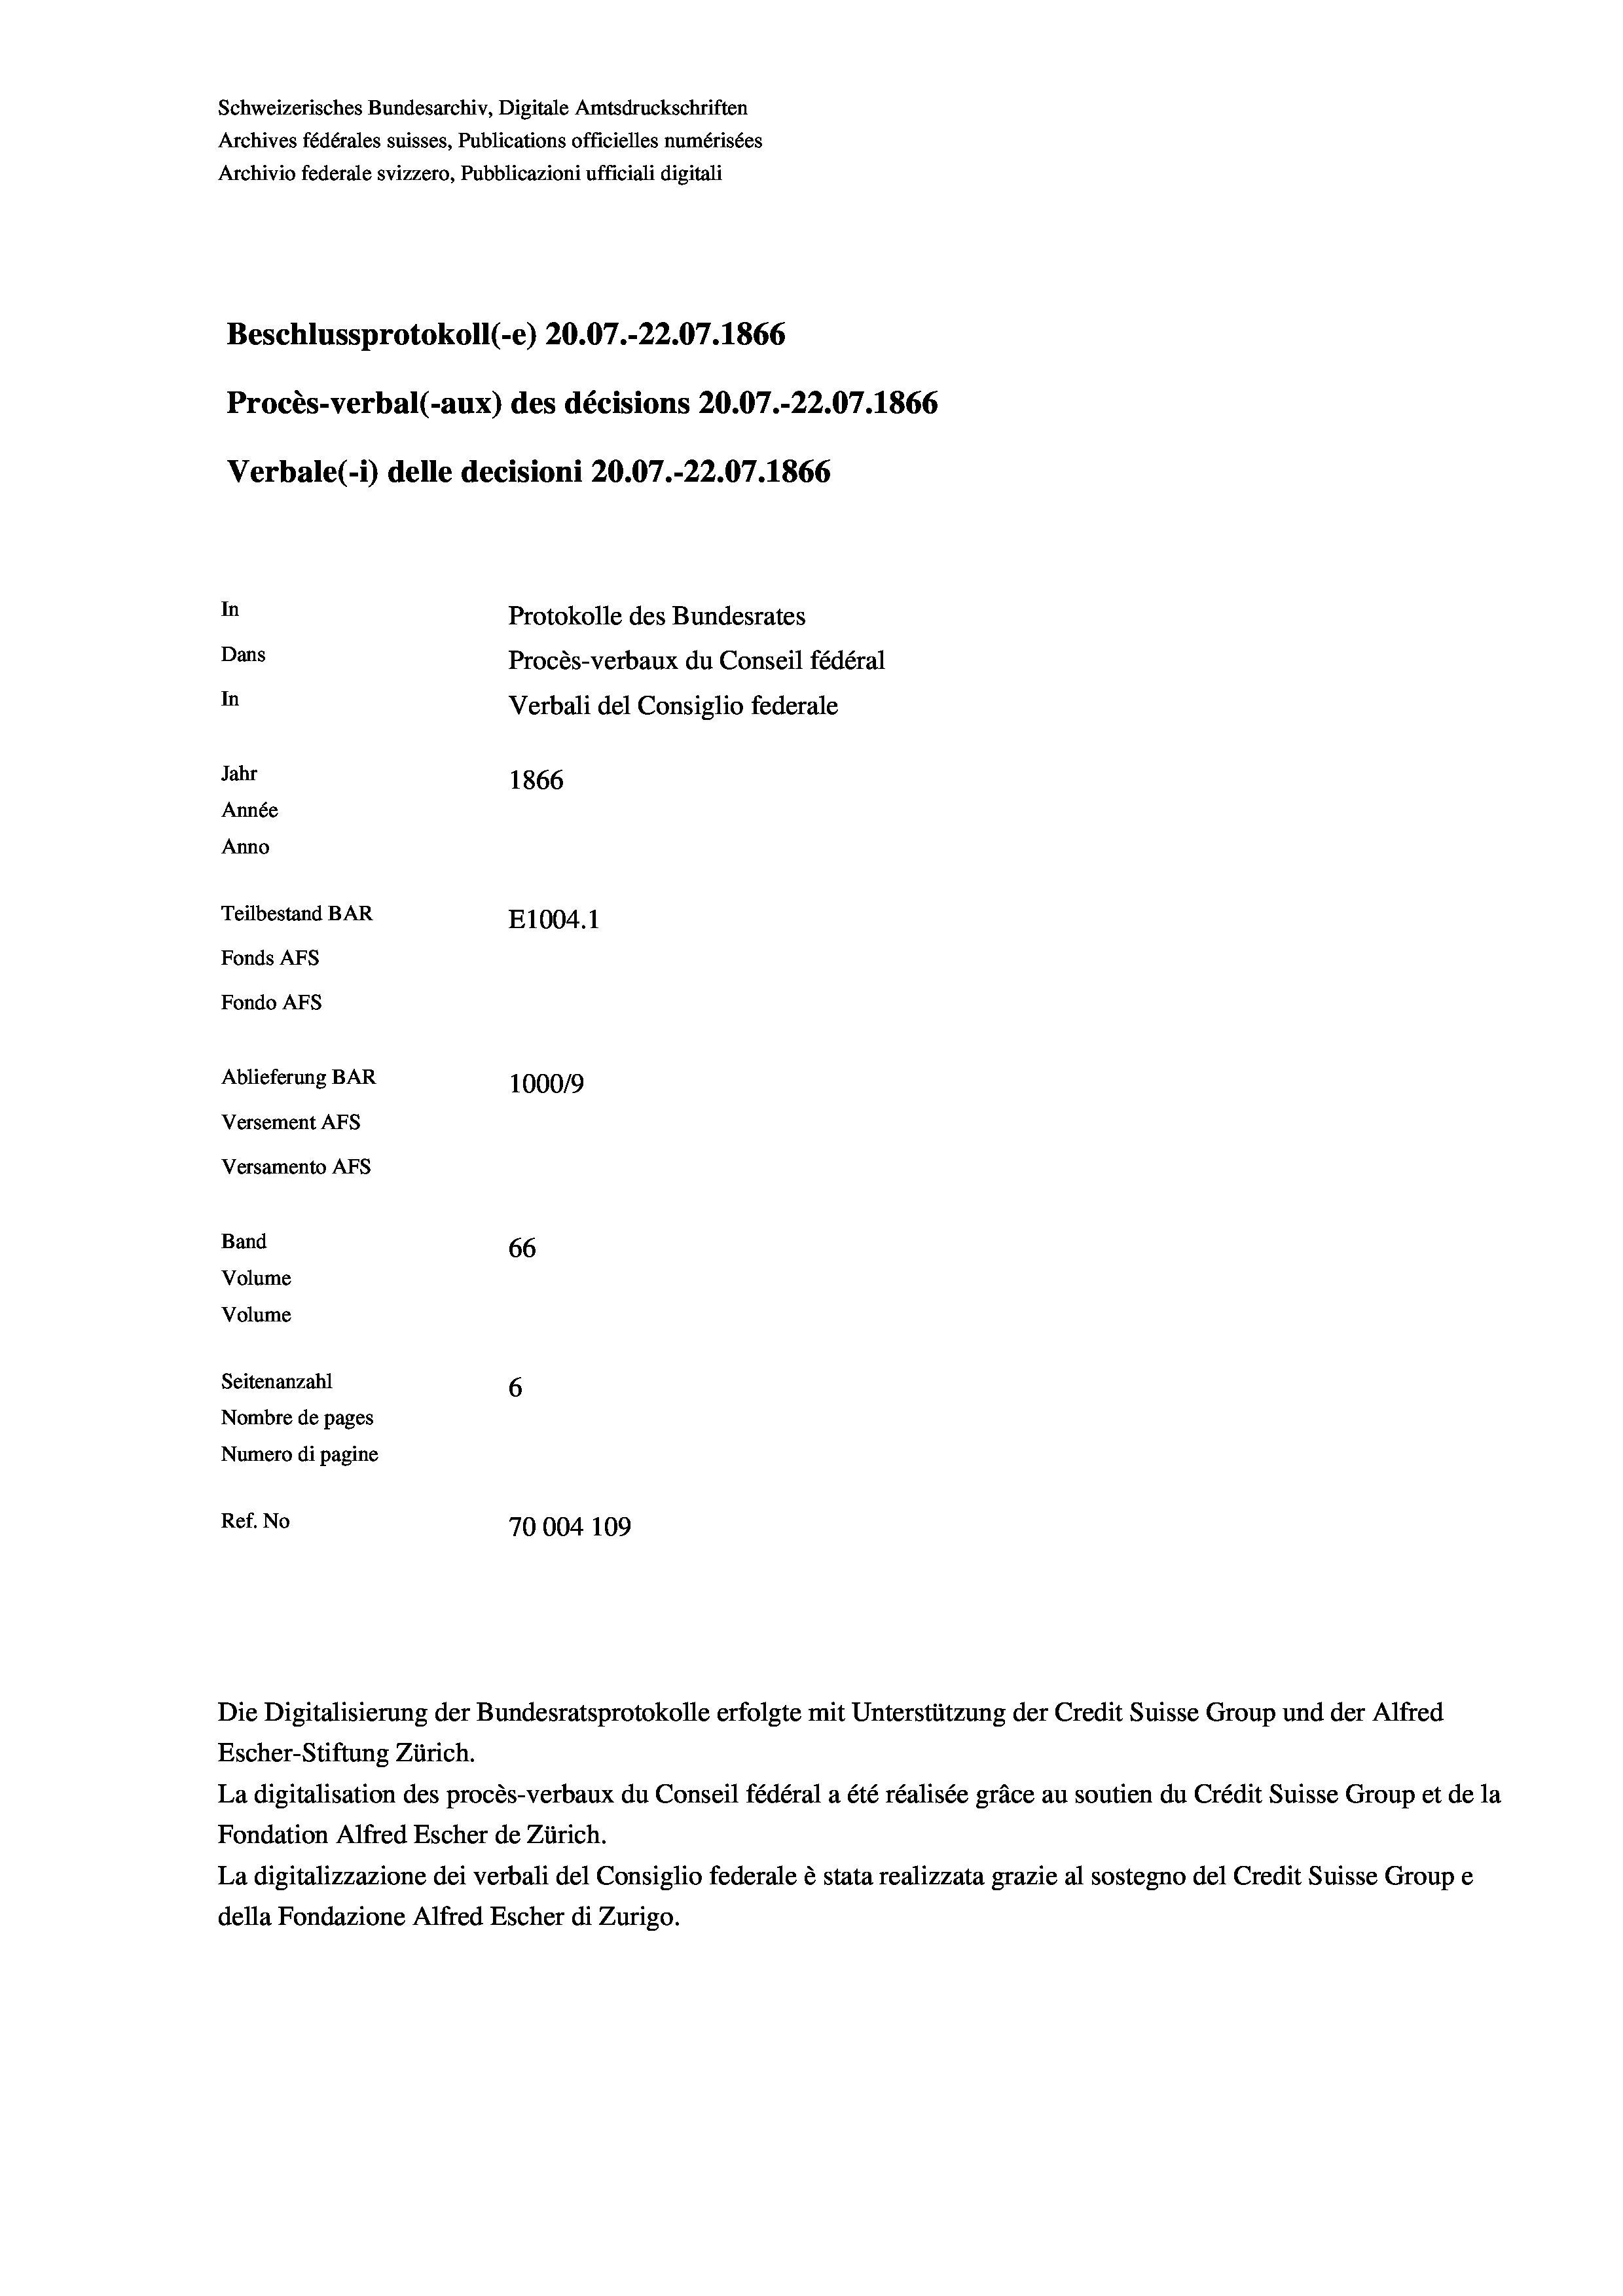
Schweizerisches Bundesarchiv, Digitale Amtsdruckschriften
Archives fédérales suisses, Publications officielles numérisées
Archivio federale svizzero, Pubblicazioni ufficiali digitali
Beschlussprotokoll (-e) 20.07.-22.07. 1866
Procès-verbal (-aux) des décisions 20.07.-22.07. 1866
Verbale (- 1) delle decisioni 20.07.-22.07. 1866
In
Protokolle des Bundesrates
Dans
Procès-verbaux du Conseil fédéral
In
Verbali del Consiglio federale
Jahr
1866
Année
Anno
Teilbestand BAR
E1004.1
Fonds AFs
Fondo AFS
Ablieferung BAR
100019
Versement AFs
Versamento AFs
Band
66
Volume
Volume
Seitenanzahl
6
Nombre de pages
Numero di pagine
Ref. No
70004 109

Escher-Stiftung Zürich.
La digitalisation des procès-verbaux du Conseil fédéral a été réalisée gräce au soutien du Crédit Suisse Group et de la
Fondation Alfred Escher de Zürich.
La digitalizzazione dei verbali del Consiglio federale è stata realizzata grazie al sostegno del Credit Suisse Groupe
della Fondazione Alfred Escher di Zurigo.

Die Digitalisierung der Bundesratsprotokolle erfolgte mit Unterstützung der Credit Suisse Group und der Alfred